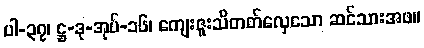
ပါ-၃၇၊ ဋ္ဌ-ဒု-အုပ်-၁၆၊ ကျေးဇူးသိတတ်လှေသော ဆင်သားအဖ။